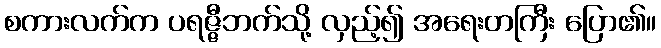
စကားလက်က ပရဇ္ဇီဘက်သို့ လှည့်၍ အရေးတကြီး ပြော၏။